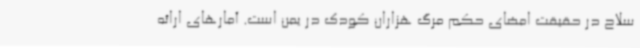
سلاح در حقیقت امضای حکم مرگ هزاران کودک در یمن است. آمارهای ارائه